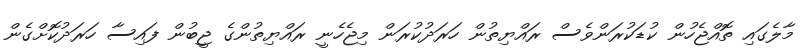
މާލެގައި ތޮއްޖެހުން ކުޑަކުރަންވެސް ރައްޔިތުން ހަރަދުކުރަން މިޖެހެނީ ރައްޔިތުންގެ ޖީބުން ފައިސާ ހަރަދުކޮށްގެން